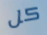
كل